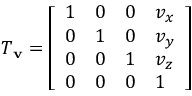
T _ { \mathbf { v } } = { \left[ \begin{array} { l l l l } { 1 } & { 0 } & { 0 } & { v _ { x } } \\ { 0 } & { 1 } & { 0 } & { v _ { y } } \\ { 0 } & { 0 } & { 1 } & { v _ { z } } \\ { 0 } & { 0 } & { 0 } & { 1 } \end{array} \right] }